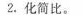
2.化简比。